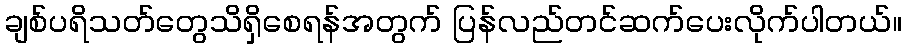
ချစ်ပရိသတ်တွေသိရှိစေရန်အတွက် ပြန်လည်တင်ဆက်ပေးလိုက်ပါတယ်။